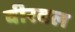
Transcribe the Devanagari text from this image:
वीरबल